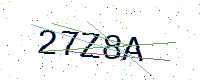
Text: 27Z8A